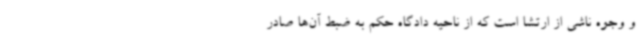
و وجوه ناشی از ارتشا است که از ناحیه دادگاه حکم به ضبط آن‌ها صادر